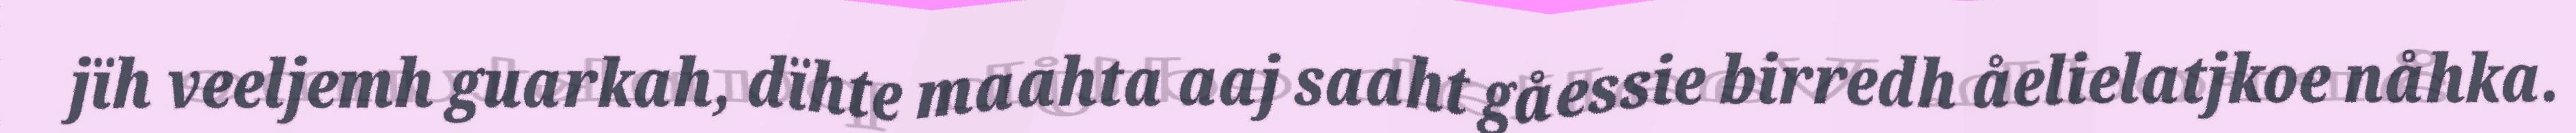
jïh veeljemh guarkah, dïhte maahta aaj saaht gåessie birredh åelielatjkoe nåhka.